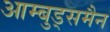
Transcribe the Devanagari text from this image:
आम्बुड्समैन